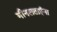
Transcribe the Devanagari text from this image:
मीनलताईंना